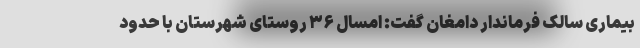
بیماری سالک فرماندار دامغان گفت: امسال ۳۶ روستای شهرستان با حدود